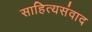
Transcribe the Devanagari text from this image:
साहित्यसंवाद